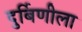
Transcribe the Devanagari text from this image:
दुर्बिणीला